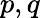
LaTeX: p,q